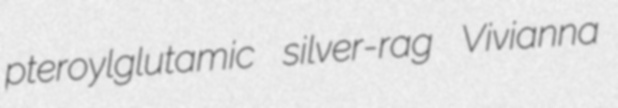
pteroylglutamic silver-rag Vivianna